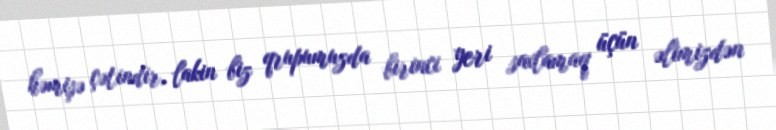
həmişə çətindir, lakin biz qrupumuzda birinci yeri saxlamaq üçün əlimizdən